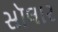
સૉલાર